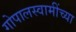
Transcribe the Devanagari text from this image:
गोपालस्वामींच्या